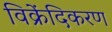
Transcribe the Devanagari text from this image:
विक्रेंदिकरण